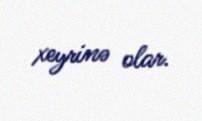
xeyrinə olar.